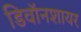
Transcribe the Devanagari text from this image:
डिवॉनशायर